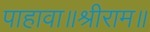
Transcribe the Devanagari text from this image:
पाहावा॥श्रीराम॥